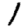
Digit: 1